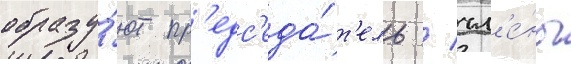
образу́ют пр'едс'еда́т'ель / чл'е́ны